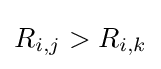
R_{i,j}>R_{i,k}